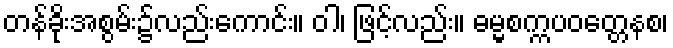
တန်ခိုးအစွမ်း၌လည်းကောင်း။ ဝါ၊ ဖြင့်လည်း။ ဓမ္မစက္ကပဝတ္တေနစ၊